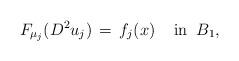
LaTeX: \begin{align*}F_{\mu_j}(D^2u_j)\,=\,f_j(x)\;\;\;\;\mbox{in}\;\;B_1,\end{align*}